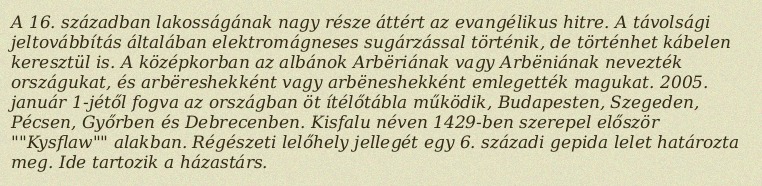
A 16. században lakosságának nagy része áttért az evangélikus hitre. A távolsági jeltovábbítás általában elektromágneses sugárzással történik, de történhet kábelen keresztül is. A középkorban az albánok Arbëriának vagy Arbëniának nevezték országukat, és arbëreshekként vagy arbëneshekként emlegették magukat. 2005. január 1-jétől fogva az országban öt ítélőtábla működik, Budapesten, Szegeden, Pécsen, Győrben és Debrecenben. Kisfalu néven 1429-ben szerepel először ""Kysflaw"" alakban. Régészeti lelőhely jellegét egy 6. századi gepida lelet határozta meg. Ide tartozik a házastárs.